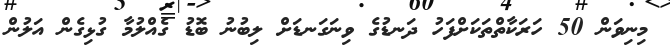
މިނިވަން 50 ހަރަކާތްތަކަށްފަހު ދަނޑުގެ ވިނަގަނޑަށް ލިބުނު ބޮޑު ގެއްލުމާ ގުޅިގެން އަލުން